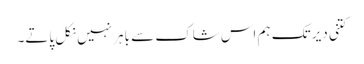
کتنی دیر تک ہم اس شاک سے باہر نہیں نکل پاتے۔